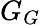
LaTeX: G_{G}